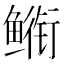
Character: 𮬣